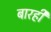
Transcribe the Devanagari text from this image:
बारही